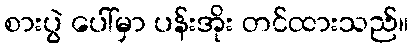
စားပွဲ ပေါ်မှာ ပန်းအိုး တင်ထားသည်။